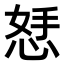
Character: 𪫾